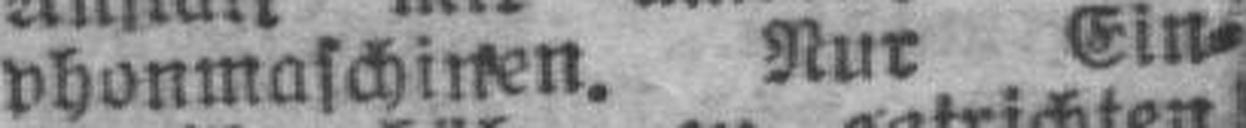
phonmaschinen. Nur Ein¬